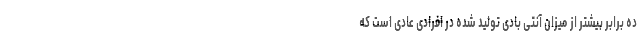
ده برابر بیشتر از میزان آنتی بادی تولید شده در افرادی عادی است که